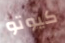
كيوتو